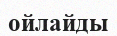
ойлайды